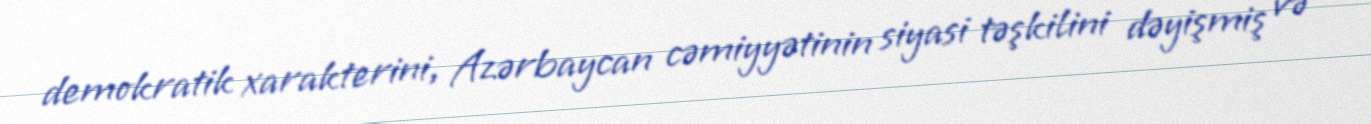
demokratik xarakterini, Azərbaycan cəmiyyətinin siyasi təşkilini dəyişmiş və